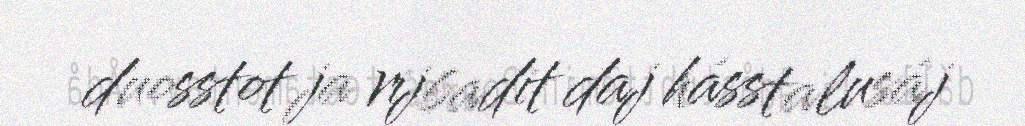
duosstot ja rijbadit daj hásstalusáj